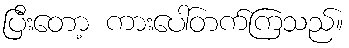
ပြီးတော့ ကားပေါ်တက်ကြသည်။